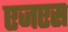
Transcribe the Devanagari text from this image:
एजएस